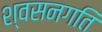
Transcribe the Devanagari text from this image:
श्वसनगति